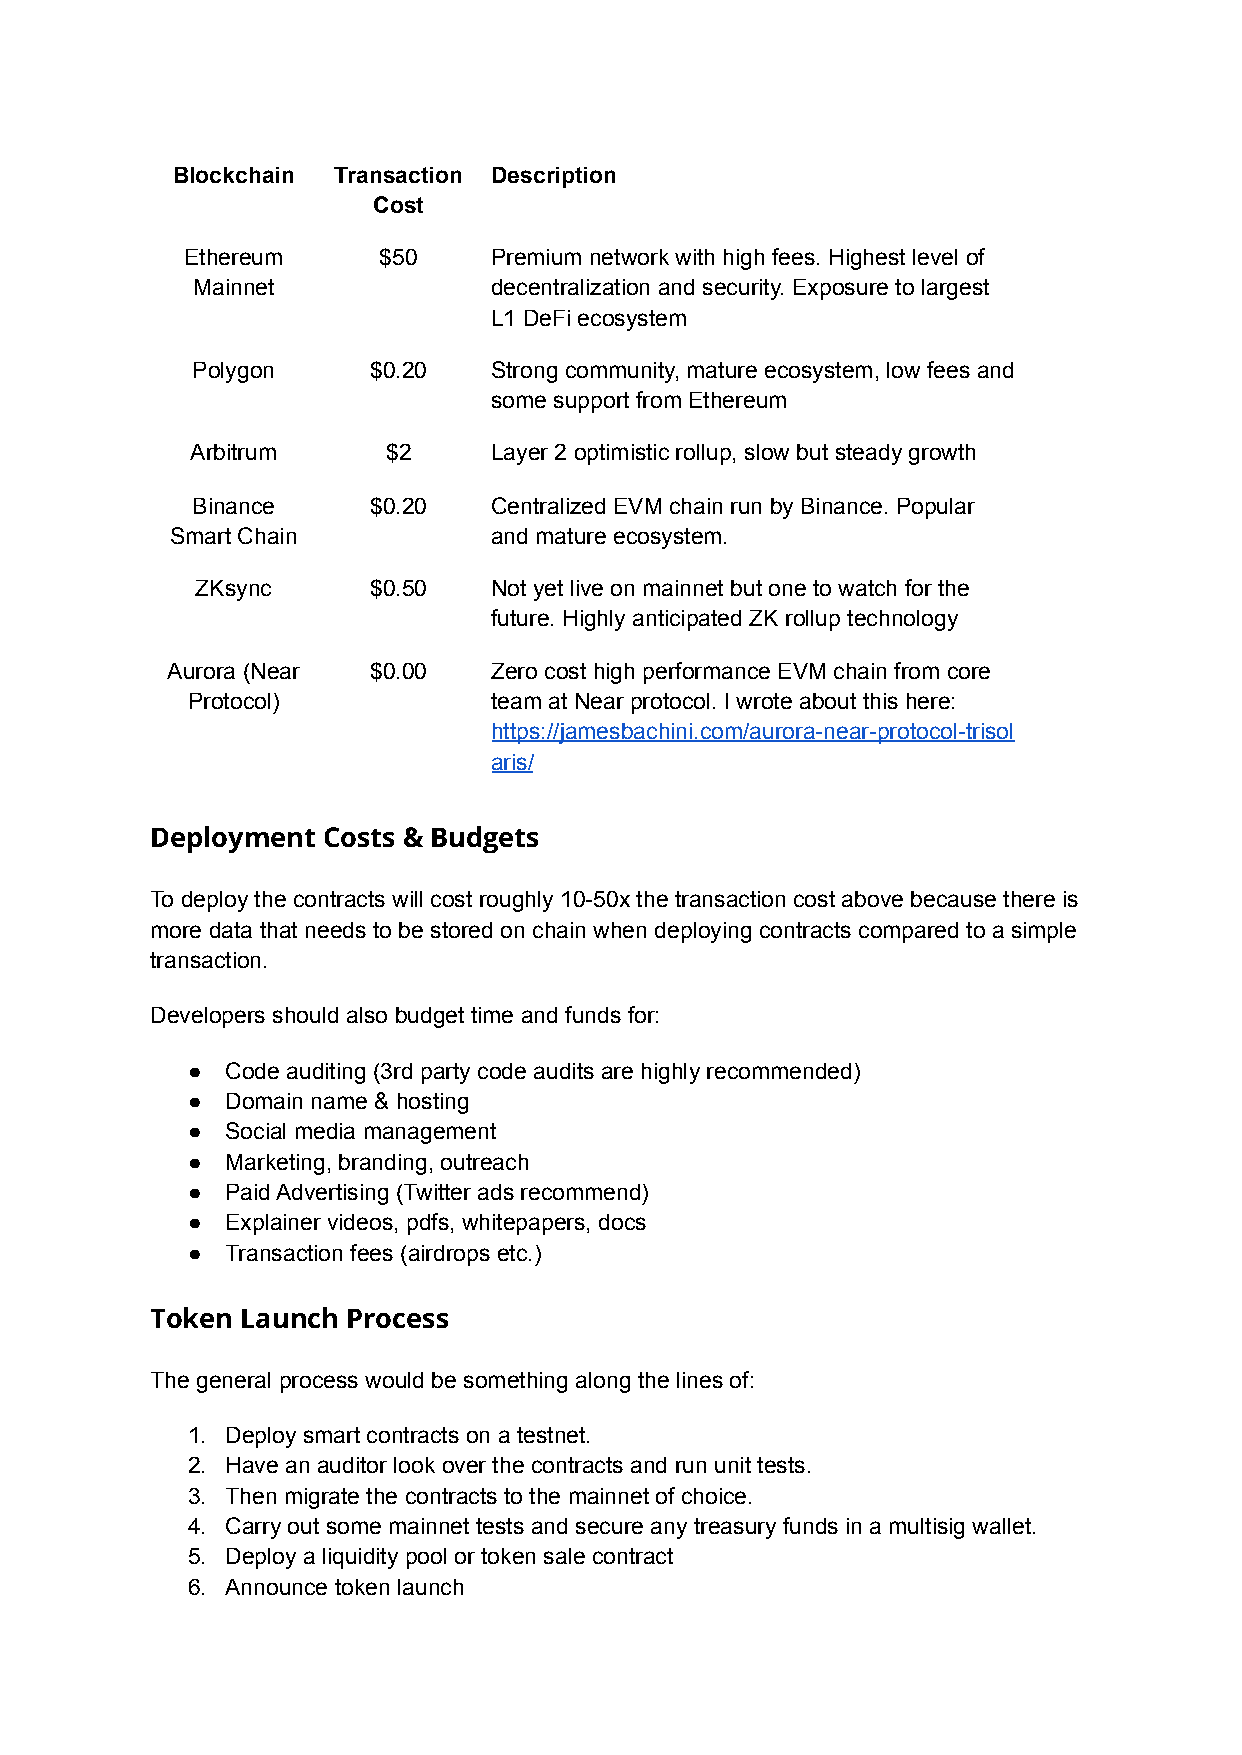
Blockchain Transaction Description
 Cost
 Ethereum     $50    Premium network with high fees. Highest level of
 Mainnet            decentralization and security. Exposure to largest
 L1 DeFi ecosystem
 Polygon    $0.20   Strong community, mature ecosystem, low fees and
 some support from Ethereum
 Arbitrum     $2    Layer 2 optimistic rollup, slow but steady growth
 Binance    $0.20   Centralized EVM chain run by Binance. Popular
 Smart Chain          and mature ecosystem.
 ZKsync     $0.50   Not yet live on mainnet but one to watch for the
 future. Highly anticipated ZK rollup technology
 Aurora (Near $0.00   Zero cost high performance EVM chain from core
 Protocol)           team at Near protocol. I wrote about this here:
 https://jamesbachini.com/aurora-near-protocol-trisol
 aris/
 Deployment Costs & Budgets
 To deploy the contracts will cost roughly 10-50x the transaction cost above because there is
 more data that needs to be stored on chain when deploying contracts compared to a simple
 transaction.
 Developers should also budget time and funds for:
 ●  Code auditing (3rd party code audits are highly recommended)
 ●  Domain name & hosting
 ●  Social media management
 ●  Marketing, branding, outreach
 ●  Paid Advertising (Twitter ads recommend)
 ●  Explainer videos, pdfs, whitepapers, docs
 ●  Transaction fees (airdrops etc.)
 Token Launch Process
 The general process would be something along the lines of:
 1. Deploy smart contracts on a testnet.
 2. Have an auditor look over the contracts and run unit tests.
 3. Then migrate the contracts to the mainnet of choice.
 4. Carry out some mainnet tests and secure any treasury funds in a multisig wallet.
 5. Deploy a liquidity pool or token sale contract
 6. Announce token launch